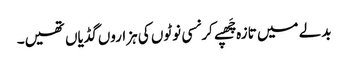
بدلے میں تازہ چَھپے کرنسی نوٹوں کی ہزاروں گڈیاں تھیں۔